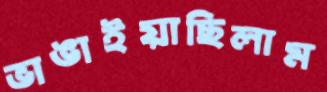
ভাঙাইয়াছিলাম